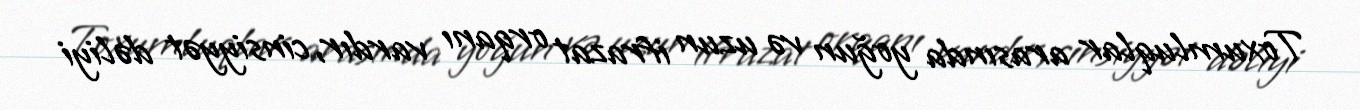
Toxumluqlar arasında yoğun və uzun ifrazat orqanı vardır, cinsiyyət dəliyi